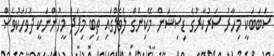
ސަބަބަކީ މިހާރު ސަރުކާރުގެ ޑިސިޝަން މޭކިންގް ލެވެލްގައި ތިބި މިފަދަ މީހުންނަކީ ދުވަހަކުވެސް